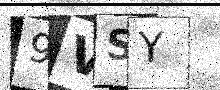
Text: 9VSY